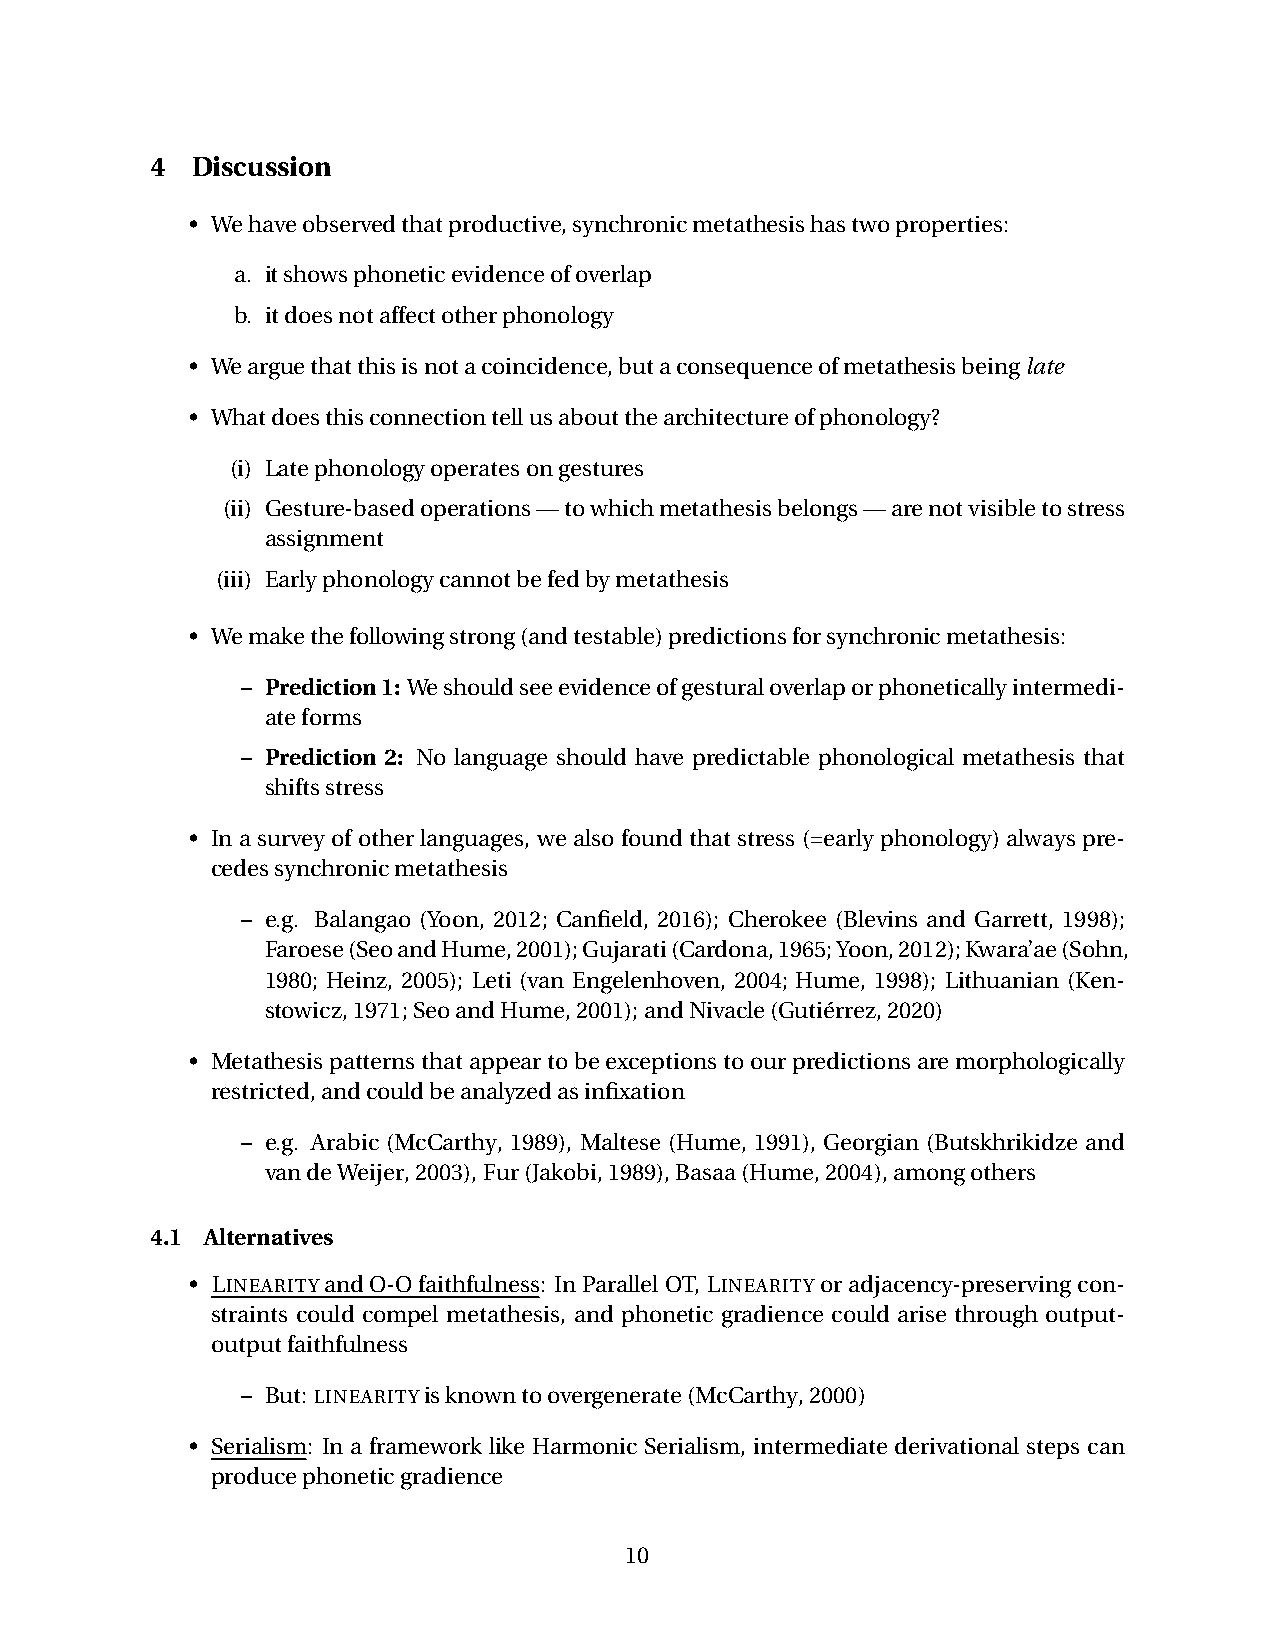
4  Discussion
 • Wehaveobservedthatproductive,synchronicmetathesishastwoproperties:
 a. itshowsphoneticevidenceofoverlap
 b. itdoesnotaffectotherphonology
 • Wearguethatthisisnotacoincidence,butaconsequenceofmetathesisbeinglate
 • Whatdoesthisconnectiontellusaboutthearchitectureofphonology?
 (i) Latephonologyoperatesongestures
 (ii) Gesture-basedoperations—towhichmetathesisbelongs—arenotvisibletostress
 assignment
 (iii) Earlyphonologycannotbefedbymetathesis
 • Wemakethefollowingstrong(andtestable)predictionsforsynchronicmetathesis:
 – Prediction1: Weshouldseeevidenceofgesturaloverlaporphoneticallyintermedi-
 ateforms
 – Prediction 2: No language should have predictable phonological metathesis that
 shiftsstress
 • In a survey of other languages, we also found that stress (=early phonology) always pre-
 cedessynchronicmetathesis
 – e.g. Balangao (Yoon, 2012; Canfield, 2016); Cherokee (Blevins and Garrett, 1998);
 Faroese(SeoandHume,2001);Gujarati(Cardona,1965;Yoon,2012);Kwara’ae(Sohn,
 1980; Heinz, 2005); Leti (van Engelenhoven, 2004; Hume, 1998); Lithuanian (Ken-
 stowicz,1971;SeoandHume,2001);andNivacle(Gutiérrez,2020)
 • Metathesispatternsthatappeartobeexceptionstoourpredictionsaremorphologically
 restricted,andcouldbeanalyzedasinfixation
 – e.g. Arabic (McCarthy, 1989), Maltese (Hume, 1991), Georgian (Butskhrikidze and
 vandeWeijer,2003),Fur(Jakobi,1989),Basaa(Hume,2004),amongothers
 4.1 Alternatives
 • LINEARITYandO-Ofaithfulness: InParallelOT, LINEARITY oradjacency-preservingcon-
 straints could compel metathesis, and phonetic gradience could arise through output-
 outputfaithfulness
 – But: LINEARITYisknowntoovergenerate(McCarthy,2000)
 • Serialism: In a framework like Harmonic Serialism, intermediate derivational steps can
 producephoneticgradience
 10